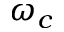
\omega _ { c }